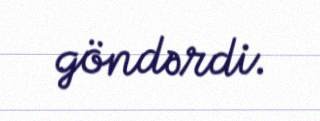
göndərdi.